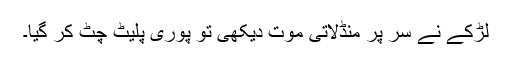
لڑکے نے سر پر منڈلاتی موت دیکھی تو پوری پلیٹ چٹ کر گیا۔